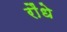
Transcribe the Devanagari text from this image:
रौंधे